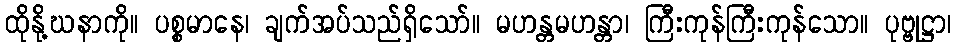
ထိုနို့ဃနာကို။ ပစ္စမာနေ၊ ချက်အပ်သည်ရှိသော်။ မဟန္တမဟန္တာ၊ ကြီးကုန်ကြီးကုန်သော။ ပုဗ္ဗုဋ္ဌာ၊